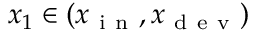
x _ { 1 } \in ( x _ { \mathrm { ~ i ~ n ~ } } , x _ { \mathrm { ~ d ~ e ~ v ~ } } )